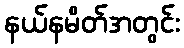
နယ်နမိတ်အတွင်း